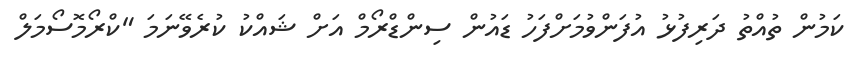
ކަމުން ތުއްތު ދަރިފުޅު އުފަންވުމަށްފަހު ޑައުން ސިންޑްރޯމް އަށް ޝައްކު ކުރެވޭނަމަ "ކްރޯމޮސޯމަލް